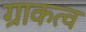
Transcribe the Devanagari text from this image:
ग्राकत्व